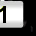
Digit: 1